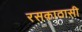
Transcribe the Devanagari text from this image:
रसकाठासी